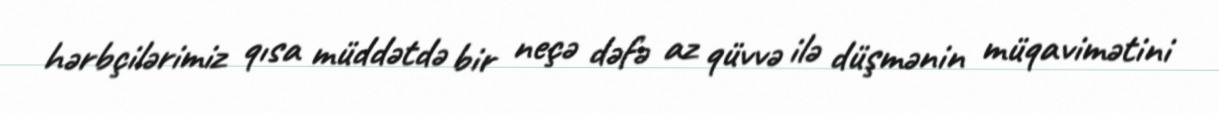
hərbçilərimiz qısa müddətdə bir neçə dəfə az qüvvə ilə düşmənin müqavimətini